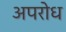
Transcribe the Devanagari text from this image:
अपरोध